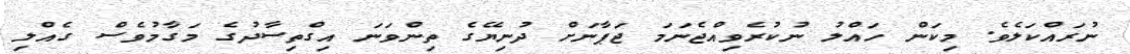
ނުރައްކަލެވެ. މިކަން ހައްލު ނުކުރެވިއްޖެނަމަ ޖަޕާނަށް ދުނިޔޭގެ ތިންވަނަ އިގްތިސާދުގެ މަގާމުވެސް ގެއްލި